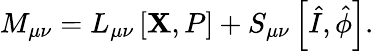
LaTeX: M_{\mu\nu}=L_{\mu\nu}\left[\mathbf{X},P\right]+S_{\mu\nu}\left[\hat{{I}},\hat{{\phi}}\right].